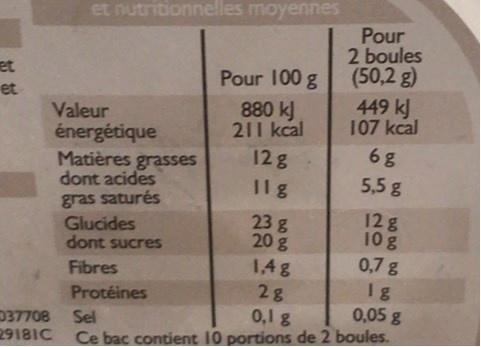
et nutritionnelles moyennes
Pour 2 boules (50,2 g) 449 kJ 107 kcal
et et
Pour 100 g 880 kJ 211 kcal
Valeur énergétique Matières grasses dont acides
6g 5,5 g
12g
Ilg
gras saturés Glucides dont sucres
12g 10g 0,7 g
23 g 20 g
1,4g 2g 0,1 g
Fibres
I g 0,05 g
Protéines
D37708 2918IC
Sel
Ce bac contient 10 portions de 2 boules.